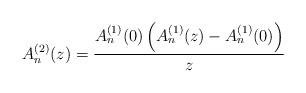
LaTeX: \begin{align*} A_n^{(2)}(z) = \frac{ A_n^{(1)}(0)\left(A_n^{(1)}(z) - A_n^{(1)}(0)\right)}{z}\end{align*}